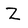
Character: Z